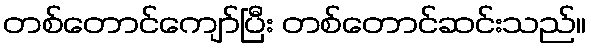
တစ်တောင်ကျော်ပြီး တစ်တောင်ဆင်းသည်။